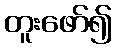
တူးဖော်၍